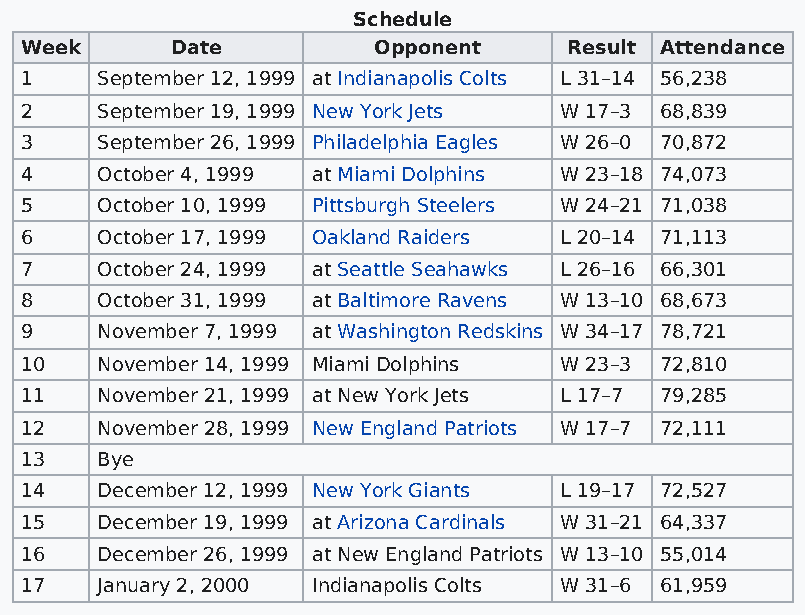
Schedule
 Week      Date          Opponent     Result Attendance
 1    September 12, 1999 at Indianapolis Colts L 31–14 56,238
 2    September 19, 1999 New York Jets W 17–3 68,839
 3    September 26, 1999 Philadelphia Eagles W 26–0 70,872
 4    October 4, 1999 at Miami Dolphins W 23–18 74,073
 5    October 10, 1999 Pittsburgh Steelers W 24–21 71,038
 6    October 17, 1999 Oakland Raiders L 20–14 71,113
 7    October 24, 1999 at Seattle Seahawks L 26–16 66,301
 8    October 31, 1999 at Baltimore Ravens W 13–10 68,673
 9    November 7, 1999 at Washington Redskins W 34–17 78,721
 10   November 14, 1999 Miami Dolphins W 23–3 72,810
 11   November 21, 1999 at New York Jets L 17–7 79,285
 12   November 28, 1999 New England Patriots W 17–7 72,111
 13   Bye
 14   December 12, 1999 New York Giants L 19–17 72,527
 15   December 19, 1999 at Arizona Cardinals W 31–21 64,337
 16   December 26, 1999 at New England Patriots W 13–10 55,014
 17   January 2, 2000 Indianapolis Colts W 31–6 61,959